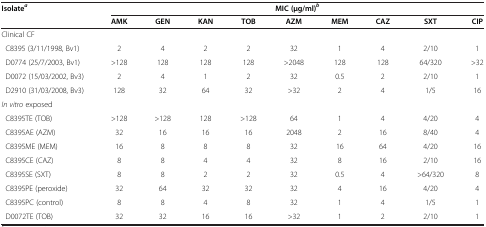
<table><thead><tr><td rowspan="2"><b>Isolate<sup><i>a</i></sup></b></td><td colspan="9"><b>MIC (μg/ml)<sup><i>b</i></sup></b></td></tr><tr><td><b>AMK</b></td><td><b>GEN</b></td><td><b>KAN</b></td><td><b>TOB</b></td><td><b>AZM</b></td><td><b>MEM</b></td><td><b>CAZ</b></td><td><b>SXT</b></td><td><b>CIP</b></td></tr></thead><tbody><tr><td>Clinical CF</td><td> </td><td> </td><td> </td><td> </td><td> </td><td> </td><td> </td><td> </td><td> </td></tr><tr><td> C8395 (3/11/1998, Bv1)</td><td>2</td><td>4</td><td>2</td><td>2</td><td>32</td><td>1</td><td>4</td><td>2/10</td><td>1</td></tr><tr><td> D0774 (25/7/2003, Bv1)</td><td>&gt;128</td><td>128</td><td>128</td><td>128</td><td>&gt;2048</td><td>128</td><td>128</td><td>64/320</td><td>&gt;32</td></tr><tr><td> D0072 (15/03/2002, Bv3)</td><td>2</td><td>4</td><td>1</td><td>2</td><td>32</td><td>0.5</td><td>2</td><td>2/10</td><td>1</td></tr><tr><td> D2910 (31/03/2008, Bv3)</td><td>128</td><td>32</td><td>64</td><td>32</td><td>&gt;32</td><td>2</td><td>4</td><td>1/5</td><td>16</td></tr><tr><td><i>In vitro</i> exposed</td><td> </td><td> </td><td> </td><td> </td><td> </td><td> </td><td> </td><td> </td><td> </td></tr><tr><td> C8395TE (TOB)</td><td>&gt;128</td><td>&gt;128</td><td>128</td><td>&gt;128</td><td>64</td><td>1</td><td>4</td><td>4/20</td><td>4</td></tr><tr><td> C8395AE (AZM)</td><td>32</td><td>16</td><td>16</td><td>16</td><td>2048</td><td>2</td><td>16</td><td>8/40</td><td>4</td></tr><tr><td> C8395ME (MEM)</td><td>16</td><td>8</td><td>8</td><td>8</td><td>32</td><td>16</td><td>64</td><td>4/20</td><td>16</td></tr><tr><td> C8395CE (CAZ)</td><td>8</td><td>8</td><td>4</td><td>4</td><td>32</td><td>8</td><td>16</td><td>2/10</td><td>16</td></tr><tr><td> C8395SE (SXT)</td><td>8</td><td>8</td><td>2</td><td>2</td><td>32</td><td>0.5</td><td>4</td><td>&gt;64/320</td><td>8</td></tr><tr><td> C8395PE (peroxide)</td><td>32</td><td>64</td><td>32</td><td>32</td><td>32</td><td>4</td><td>16</td><td>4/20</td><td>4</td></tr><tr><td> C8395PC (control)</td><td>8</td><td>8</td><td>4</td><td>8</td><td>32</td><td>1</td><td>4</td><td>1/5</td><td>1</td></tr><tr><td> D0072TE (TOB)</td><td>32</td><td>32</td><td>16</td><td>16</td><td>&gt;32</td><td>1</td><td>2</td><td>2/10</td><td>1</td></tr></tbody></table>